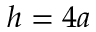
h = 4 a